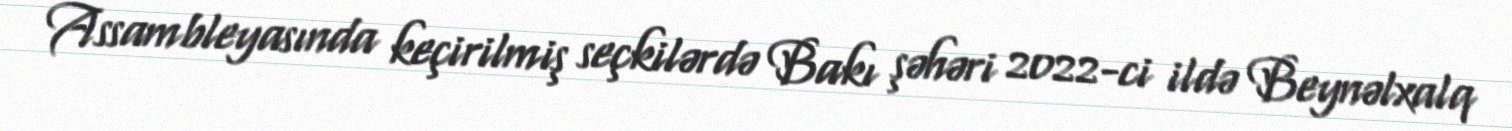
Assambleyasında keçirilmiş seçkilərdə Bakı şəhəri 2022-ci ildə Beynəlxalq